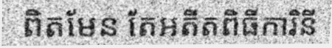
ពិតមែន តែអតីតពិធីការិនី